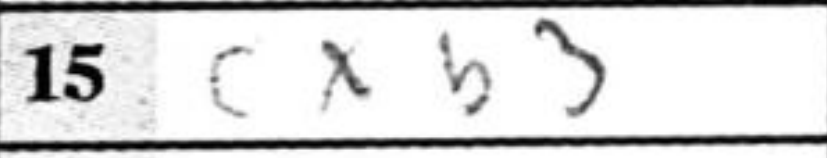
Transcription: cxb3